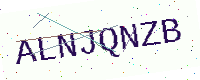
Text: ALNJQNZB